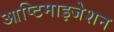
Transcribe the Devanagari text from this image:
आप्टिमाइजेशन